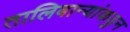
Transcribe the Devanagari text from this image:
तालिबान्यांकडुन